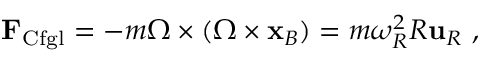
\mathbf { F } _ { \mathrm { C f g l } } = - m { \boldsymbol { \Omega } } \times ( { \boldsymbol { \Omega } } \times \mathbf { x } _ { B } ) = m \omega _ { R } ^ { 2 } R \mathbf { u } _ { R } \ ,